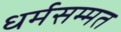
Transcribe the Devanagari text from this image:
धर्मसम्मत